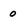
Character: 0